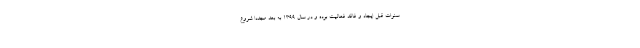
سنوات قبل ایجاد و فاقد فعالیت بوده و در سال ۱۳۹۹ به بعد مجددا شروع